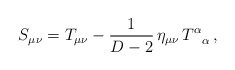
\begin{align*}S_{\mu\nu}=T_{\mu\nu}-\frac{1}{D-2}\,\eta_{\mu\nu}\,T^{\alpha}_{\;\;\;\alpha}\,, \end{align*}